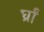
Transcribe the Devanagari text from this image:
र्घ्रां